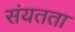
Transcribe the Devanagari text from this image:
संयतता